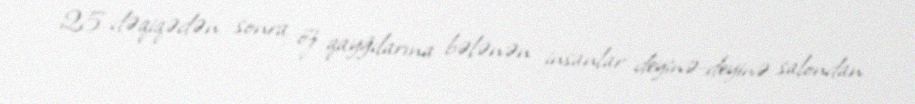
25 dəqiqədən sonra öz qayğılarına bələnən insanlar deyinə-deyinə salondan